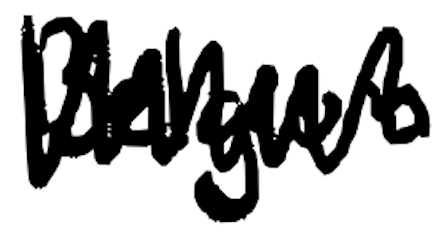
Text: Belgium
Cross-out: zig-zag
Writing tool: digital_black